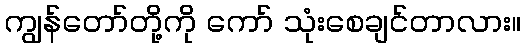
ကျွန်တော်တို့ကို ကော် သုံးစေချင်တာလား။